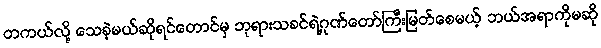
တကယ်လို့ သေခဲ့မယ်ဆိုရင်တောင်မှ ဘုရားသခင်ရဲ့ဂုဏ်တော်ကြီးမြတ်စေမယ့် ဘယ်အရာကိုမဆို